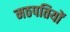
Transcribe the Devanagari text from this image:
मठपतियों